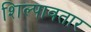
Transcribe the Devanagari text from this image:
शिल्पावतार